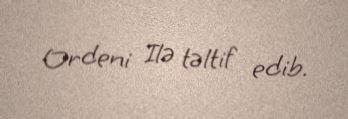
Ordeni Ilə təltif edib.